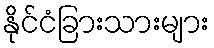
နိုင်ငံခြားသားများ